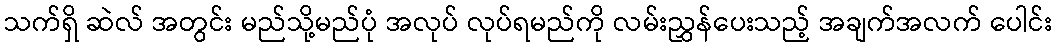
သက်ရှိ ဆဲလ် အတွင်း မည်သို့မည်ပုံ အလုပ် လုပ်ရမည်ကို လမ်းညွှန်ပေးသည့် အချက်အလက် ပေါင်း